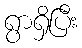
ရွာရှိပြီး